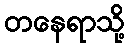
တနေရာသို့